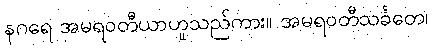
နဂရေ အမရဝတီယာဟူသည်ကား။ အမရဝတီသင်္ခတေ၊